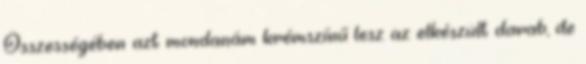
Összességében azt mondanám krémszínű lesz az elkészült darab, de